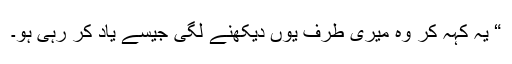
“ یہ کہہ کر وہ میری طرف یوں دیکھنے لگی جیسے یاد کر رہی ہو۔